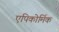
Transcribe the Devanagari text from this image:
एपिकोर्मिक